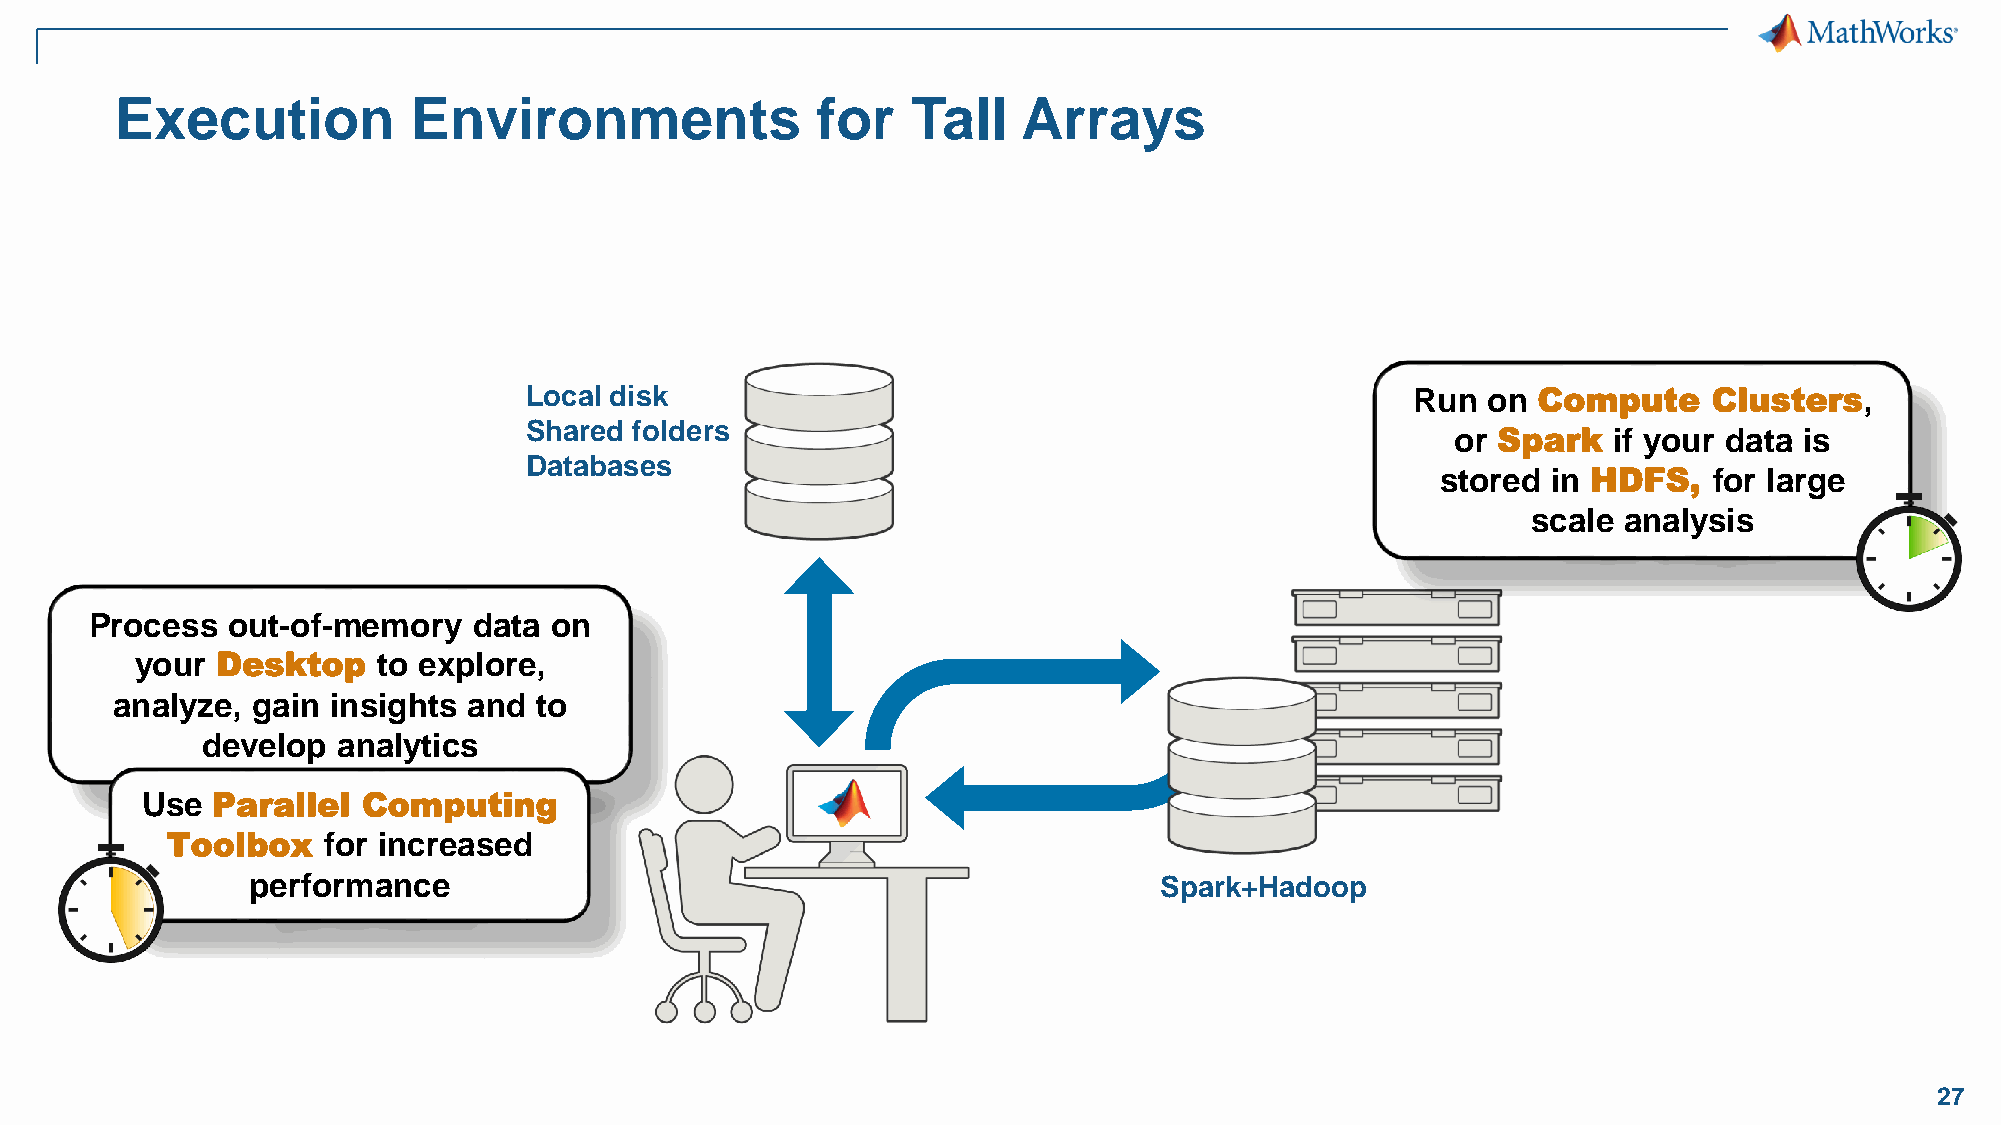
Execution          Environments               for   Tall    Arrays
 Local disk                                                 Run on  Compute    Clusters,
 Shared folders
 or Spark   if your data is
 Databases
 stored  in HDFS,  for large
 scale analysis
 Process  out-of-memory   data on
 your Desktop    to explore,
 analyze,  gain insights and to
 develop  analytics
 Use  Parallel  Computing
 Toolbox   for increased
 performance                                                  Spark+Hadoop
 27